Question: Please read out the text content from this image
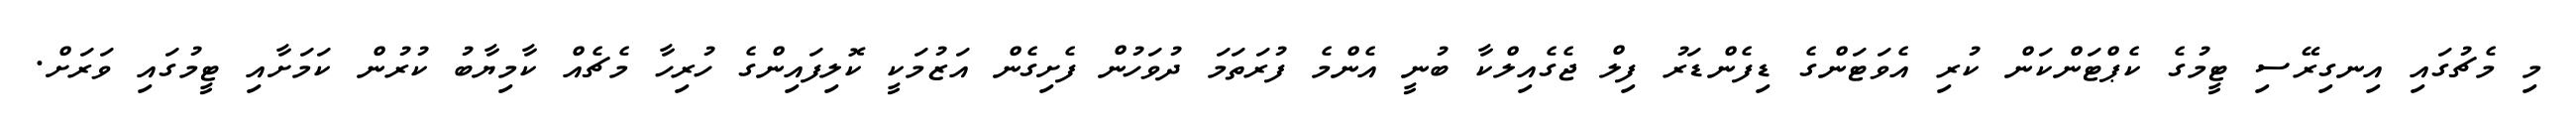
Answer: މި މެޗުގައި އިނގިރޭސި ޓީމުގެ ކެޕްޓަންކަން ކުރި އެވަޓަންގެ ޑިފެންޑަރު ފިލް ޖެގެއިލްކާ ބުނީ އެންމެ ފުރަތަމަ ދުވަހުން ފެށިގެން އަޒުމަކީ ކޮލިފައިންގެ ހުރިހާ މެޗެއް ކާމިޔާބު ކުރުން ކަމަށާއި ޓީމުގައި ވަރަށް.